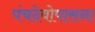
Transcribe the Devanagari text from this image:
पंचदेवोपासना